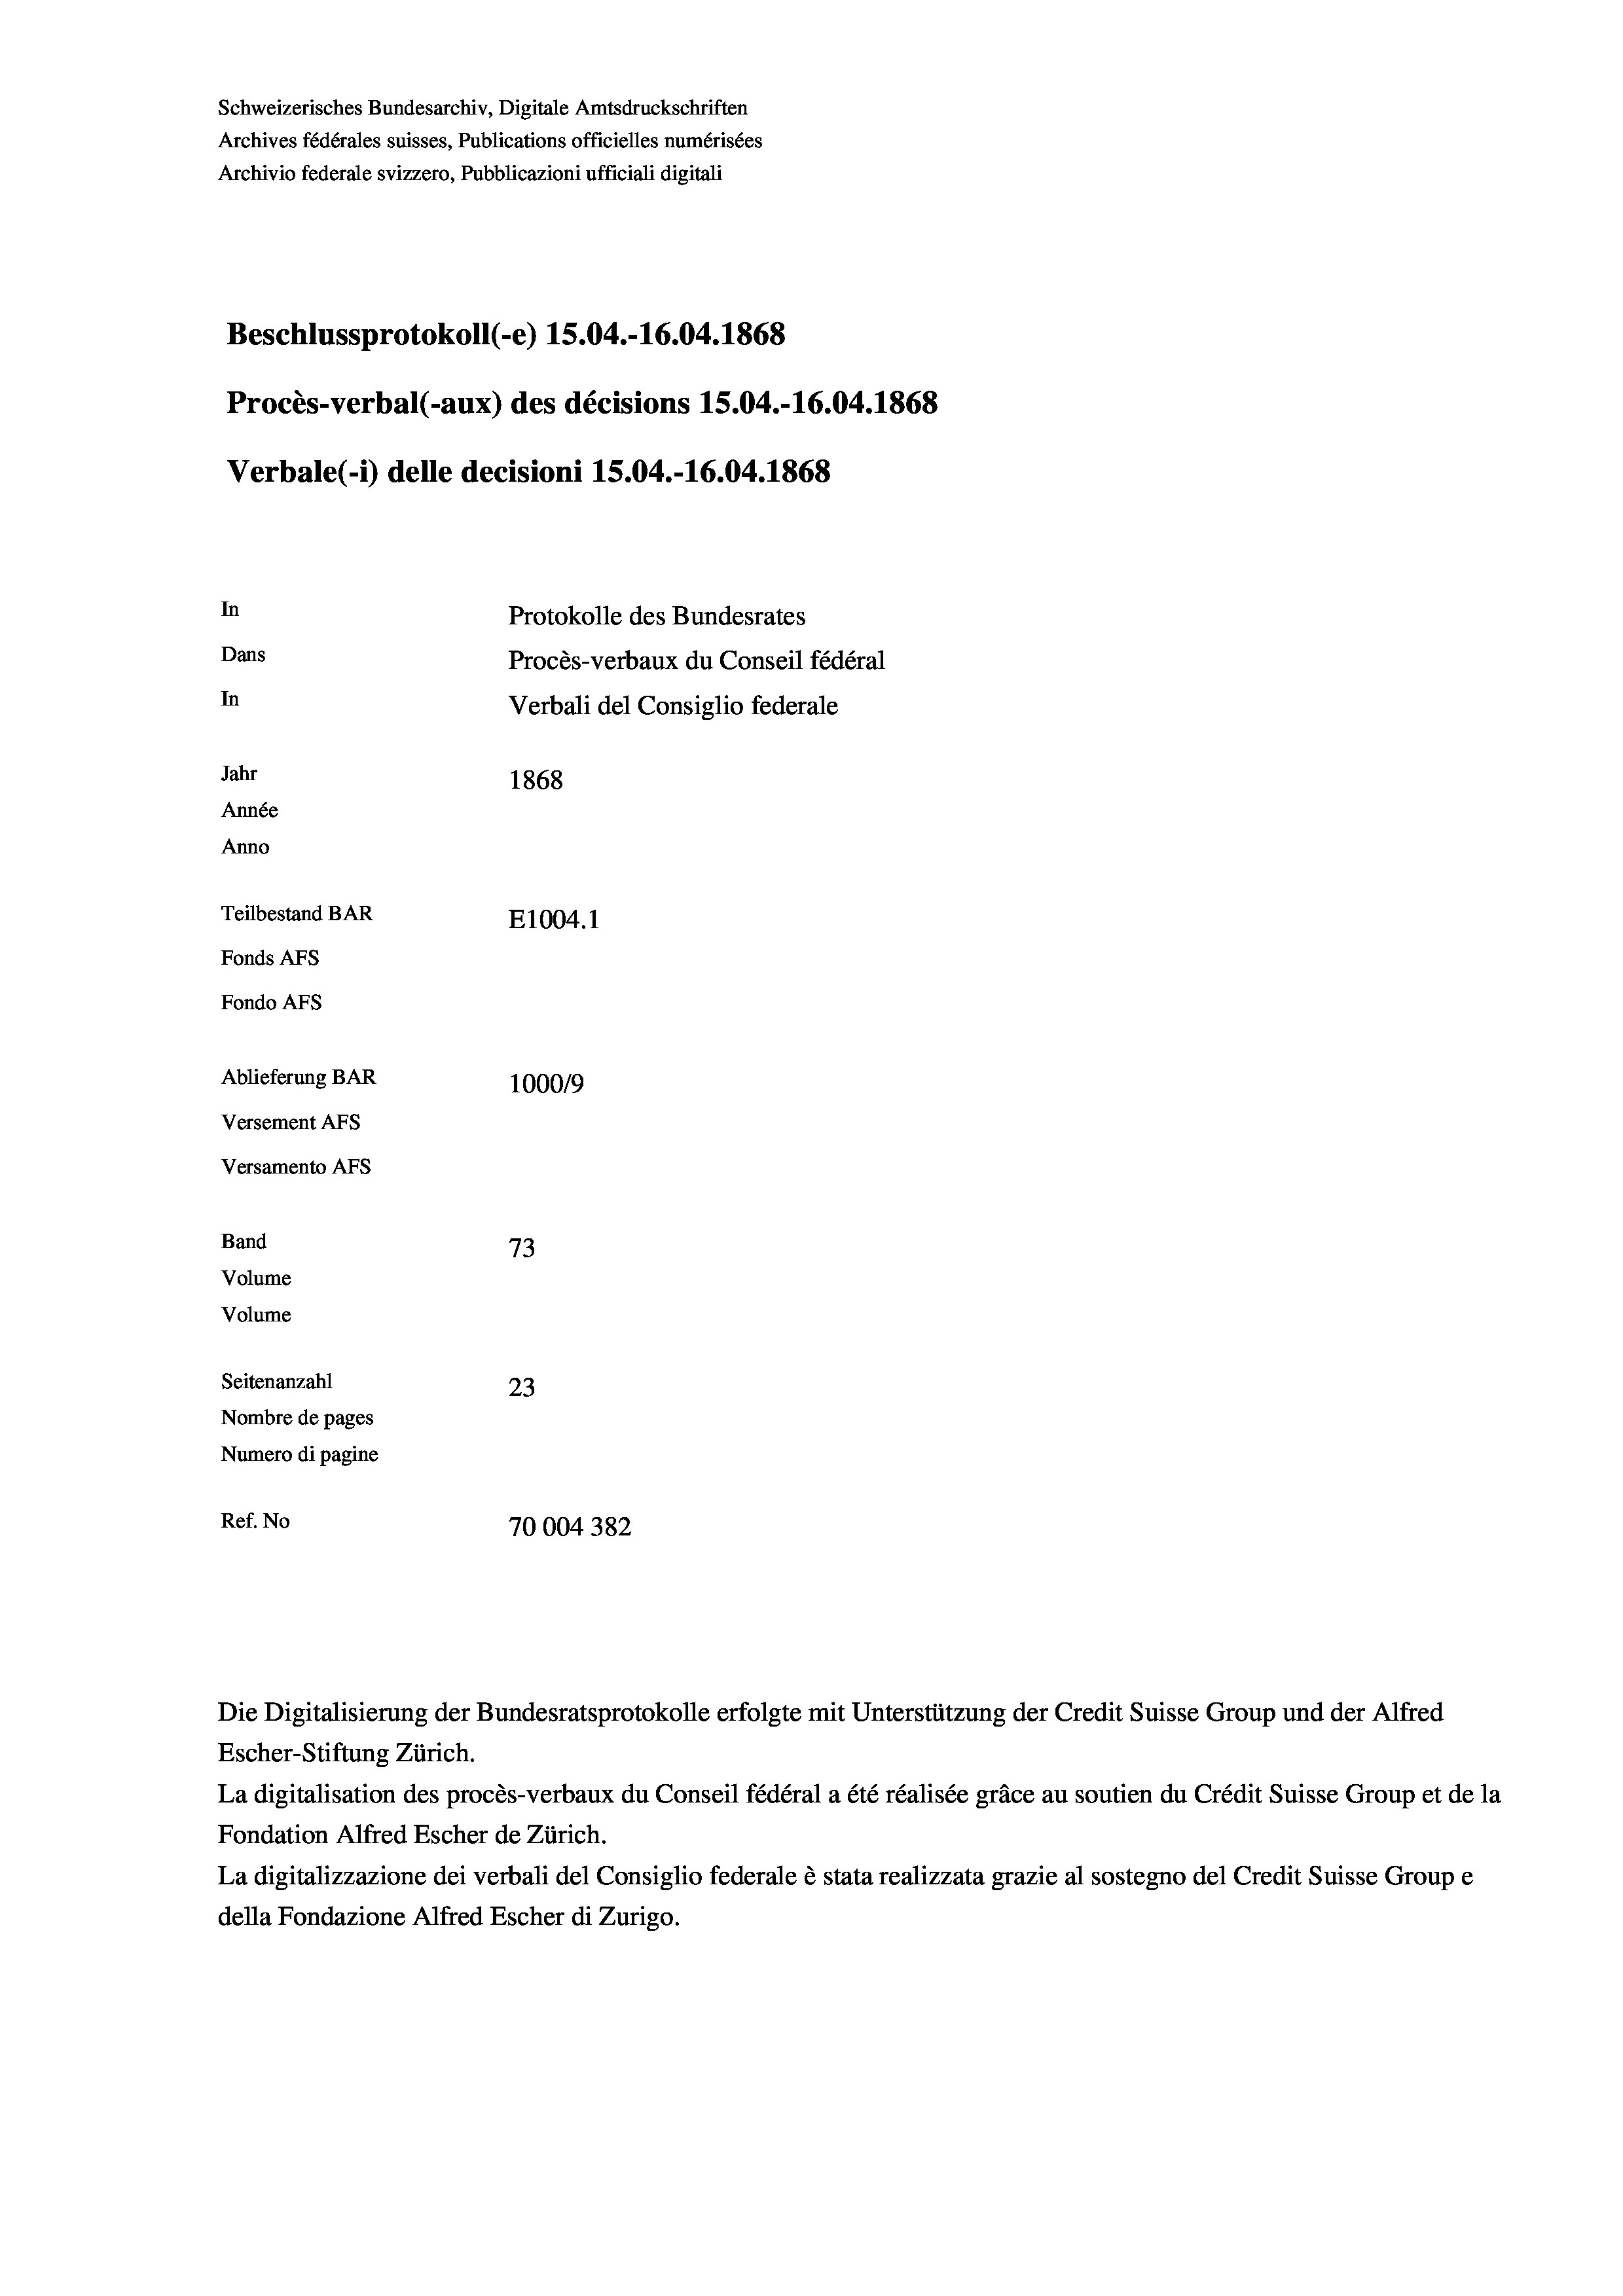
Schweizerisches Bundesarchiv, Digitale Amtsdruckschriften
Archives fédérales suisses, Publications officielles numérisées
Archivio federale svizzero, Pubblicazioni ufficiali digitali
Beschlussprotokoll (-e) 15.04.-16.04. 1868
Procès-verbal (-aux) des décisions 15.04.-16.04. 1868
Verbale (- 1) delle decisioni 15.04.-16.04. 1868
In
Protokolle des Bundesrates
Dans
Procès-verbaux du Conseil fédéral
In
Verbali del Consiglio federale
Jahr
1868
Année
Anno
Teilbestand BAR
E1004. 1
Fonds AFs
Fondo Afs
Ablieferung BAR
100019
Versement Ans
Versamento Afs

73
Seitenanzahl
23
Nombre de pages
Numero di pagine
Ref. No
70004382

Band

Volume
Volume

Die Digitalisierung der Bundesratsprotokolle erfolgte mit Unterstützung der Credit Suisse Group und der Alfred

La digitalisation des procès-verbaux du Conseil fédéral a été réalisée gräce au soutien du Crédit Suisse Group et de la
Fondation Alfred Escher de Zürich.
La digitalizzazione dei verbali del Consiglio federale è stata realizzata grazie al sostegno del Credit Suisse Groupe
della Fondazione Alfred Escher di Zurigo.

Escher-Stiftung Zürich.